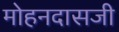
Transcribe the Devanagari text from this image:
मोहनदासजी